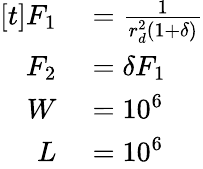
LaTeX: \begin{array}{rl}{[t]F_{1}}&{{}=\frac{1}{r_{d}^{2}(1+\delta)}}\\ {F_{2}}&{{}=\delta F_{1}}\\ {W}&{{}=10^{6}}\\ {L}&{{}=10^{6}}\end{array}